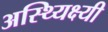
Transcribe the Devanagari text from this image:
अस्थ्यिक्ष्यी